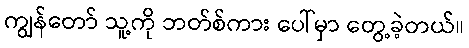
ကျွန်တော် သူ့ကို ဘတ်စ်ကား ပေါ်မှာ တွေ့ခဲ့တယ်။